Report of the Indian Hemp Drugs Commission, 1894-1895 - Volume III
Year: 1894
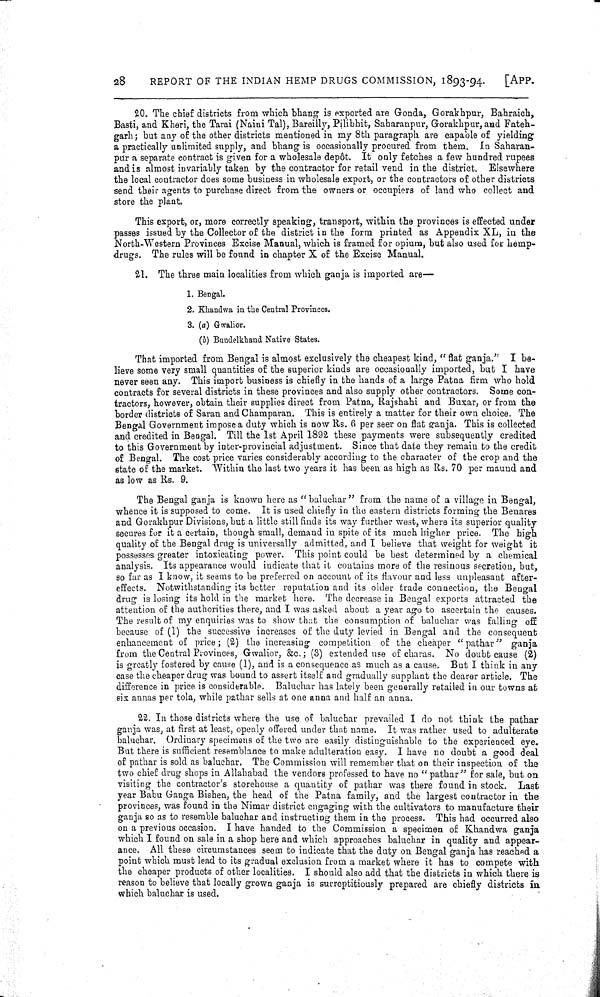
28
REPORT OF THE INDIAN HEMP DRUGS COMMISSION, 1893-94.
[APP.
20. The chief districts from which bhang is exported are Gonda, Gorakhpur, Bahraich,
Basti, and Kheri, the Tarai (Naini Tal), Bareilly, Pilibhit, Saharanpur, Gorakhpur, and Fateh-
garh; but any of the other districts mentioned in my 8th paragraph are capable of yielding
a practically unlimited supply, and bhang is occasionally procured from them. In Saharan-
pur a separate contract is given for a wholesale depôt. It only fetches a few hundred rupees
and is almost invariably taken by the contractor for retail vend in the district. Elsewhere
the local contractor does some business in wholesale export, or the contractors of other districts
send their agents to purchase direct from the owners or occupiers of land who collect and
store the plant.
This export, or, more correctly speaking, transport, within the provinces is effected under
passes issued by the Collector of the district in the form printed as Appendix XL, in the
North-Western Provinces Excise Manual, which is framed for opium, but also used for hemp-
drugs. The rules will be found in chapter X of the Excise Manual.
21. The three main localities from which ganja is imported are—
1. Bengal.
2. Khandwa in the Central Provinces.
3. (a) Gwalior.
(b) Bundelkhand Native States.
That imported from Bengal is almost exclusively the cheapest kind, "flat ganja." I be-
lieve some very small quantities of the superior kinds are occasionally imported, but I have
never seen any. This import business is chiefly in the hands of a large Patna firm who hold
contracts for several districts in these provinces and also supply other contractors. Some con-
tractors, however, obtain their supplies direct from Patna, Rajshahi and Buxar, or from the
border districts of Saran and Champaran. This is entirely a matter for their own choice. The
Bengal Government impose a duty which is now Rs. 6 per seer on flat ganja. This is collected
and credited in Bengal. Till the 1st April 1892 these payments were subsequently credited
to this Government by inter-provincial adjustment. Since that date they remain to the credit
of Bengal. The cost price varies considerably according to the character of the crop and the
state of the market. Within the last two years it has been as high as Rs. 70 per maund and
as low as Rs. 9.
The Bengal ganja is known here as "baluchar" from the name of a village in Bengal,
whence it is supposed to come. It is used chiefly in the eastern districts forming the Benares
and Gorakhpur Divisions, but a little still finds its way further west, where its superior quality
secures for it a certain, though small, demand in spite of its much higher price. The high
quality of the Bengal drug is universally admitted, and I believe that weight for weight it
possesses greater intoxicating power. This point could be best determined by a chemical
analysis. Its appearance would indicate that it contains more of the resinous secretion, but,
so far as I know, it seems to be preferred on account of its flavour and less unpleasant after-
effects. Notwithstanding its better reputation and its older trade connection, the Bengal
drug is losing its hold in the market here. The decrease in Bengal exports attracted the
attention of the authorities there, and I was asked about a year ago to ascertain the causes.
The result of my enquiries was to show that the consumption of baluchar was falling off
because of (1) the successive increases of the duty levied in Bengal and the consequent
enhancement of price; (2) the increasing competition of the cheaper "pathar" ganja
from the Central Provinces, Gwalior, &c.; (3) extended use of charas. No doubt cause (2)
is greatly fostered by cause (1), and is a consequence as much as a cause. But I think in any
case the cheaper drug was bound to assert itself and gradually supplant the dearer article. The
difference in price is considerable. Baluchar has lately been generally retailed in our towns at
six annas per tola, while pathar sells at one anna and half an anna.
22. In those districts where the use of baluchar prevailed I do not think the pathar
ganja was, at first at least, openly offered under that name. It was rather used to adulterate
baluchar. Ordinary specimens of the two are easily distinguishable to the experienced eye.
But there is sufficient resemblance to make adulteration easy. I have no doubt a good deal
of pathar is sold as baluchar. The Commission will remember that on their inspection of the
two chief drug shops in Allahabad the vendors professed to have no "pathar" for sale, but on
visiting the contractor's storehouse a quantity of pathar was there found in stock. Last
year Babu Ganga Bishen, the head of the Patna family, and the largest contractor in the
provinces, was found in the Nimar district engaging with the cultivators to manufacture their
ganja so as to resemble baluchar and instructing them in the process. This had occurred also
on a previous occasion. I have handed to the Commission a specimen of Khandwa ganja
which I found on sale in a shop here and which approaches baluchar in quality and appear-
ance. All these circumstances seem to indicate that the duty on Bengal ganja has reached a
point which must lead to its gradual exclusion from a market where it has to compete with
the cheaper products of other localities. I should also add that the districts in which there is
reason to believe that locally grown ganja is surreptitiously prepared are chiefly districts in
which baluchar is used.